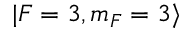
\vert F = 3 , m _ { F } = 3 \rangle